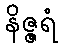
နိဇ္ဇရံ